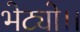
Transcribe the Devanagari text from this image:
भेट्यो।।